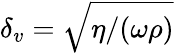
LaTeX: \delta_{v}=\sqrt{\eta/(\omega\rho)}